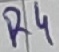
Text: R4